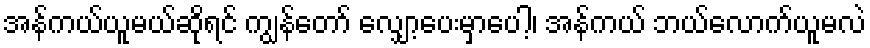
အန်ကယ်ယူမယ်ဆိုရင် ကျွန်တော် လျှော့ပေးမှာပေါ့၊ အန်ကယ် ဘယ်လောက်ယူမလဲ